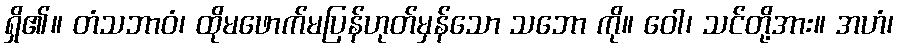
ရှိ၏။ တံသဘာဝံ၊ ထိုမဖောက်မပြန်ဟုတ်မှန်သော သဘော ကို။ ဝေါ၊ သင်တို့အား။ အဟံ၊